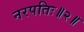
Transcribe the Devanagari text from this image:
नरपतिः॥२॥